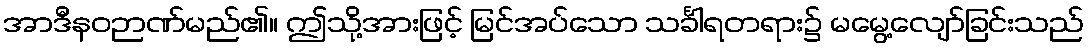
အာဒီနဝဉာဏ်မည်၏။ ဤသို့အားဖြင့် မြင်အပ်သော သင်္ခါရတရား၌ မမွေ့လျော်ခြင်းသည်